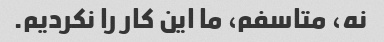
نه، متاسفم، ما این کار را نکردیم.